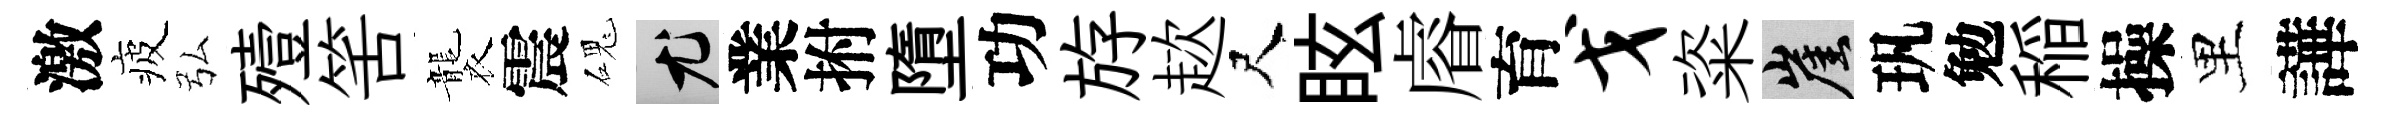
激疲弘殪筈襲震磈尤業拊墮功斿趑尺眩𥈠育戈粢崖㺬勉稲操里譁